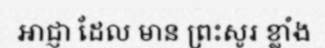
អាជ្ញា ដែល មាន ព្រះសូរ ខ្លាំង